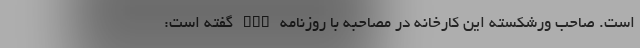
است. صاحب ورشکسته این کارخانه در مصاحبه با روزنامه RIA گفته است: